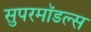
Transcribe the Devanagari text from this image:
सुपरमॉडल्स